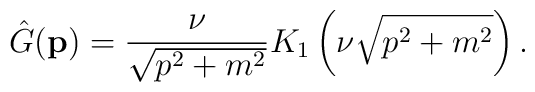
\hat G ({\bf p}) = {\nu\over \sqrt{p^2 + m^2} } K_1 \left(\nu\sqrt{p^2 + m^2} \right).